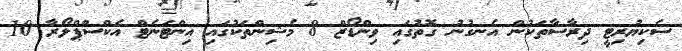
ސެކިޔުރިޓީ ދިރާސާތަކުން އެނގުނު ގޮތުގައި ވިންޑޯޒް 8 މެޝިންތަކުގައި އިންޓަނެޓް އެކްސްޕްލޯރާ 10